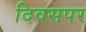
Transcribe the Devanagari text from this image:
दिवसपर